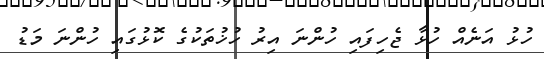
ހުޅު އަނެއް ހުޅާ ޖެހިފައި ހުންނަ އިރު ހުޚުތަކުގެ ކޮޅުގައި ހުންނަ މަޑު